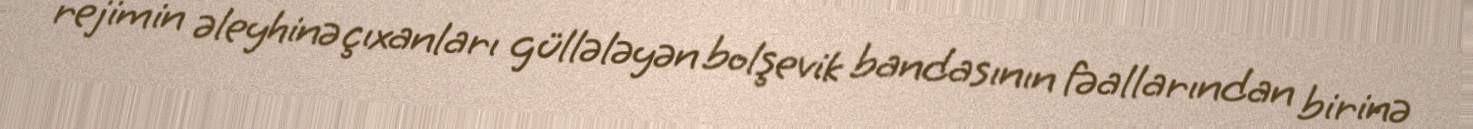
rejimin əleyhinə çıxanları güllələyən bolşevik bandasının fəallarından birinə